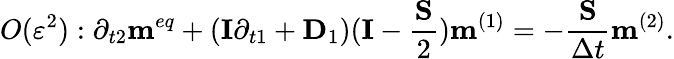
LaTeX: O({\varepsilon^{2}}):{\partial_{t2}}{{\mathbf{m}}^{eq}}+({\mathbf{I}}{\partial_{t1}}+{{\mathbf{D}}_{1}})({\mathbf{I}}-\frac{{\mathbf{S}}}{2}){{\mathbf{m}}^{(1)}}=-\frac{{\mathbf{S}}}{{\Delta t}}{{\mathbf{m}}^{(2)}}.